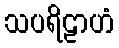
သပရိဠာဟံ